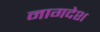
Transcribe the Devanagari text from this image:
नागदेश